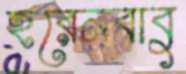
হরেনবাবু